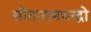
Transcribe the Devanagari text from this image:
सीतारामचन्द्रो